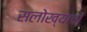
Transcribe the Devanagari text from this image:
सलोख्याची